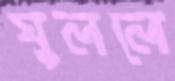
ঘুললে